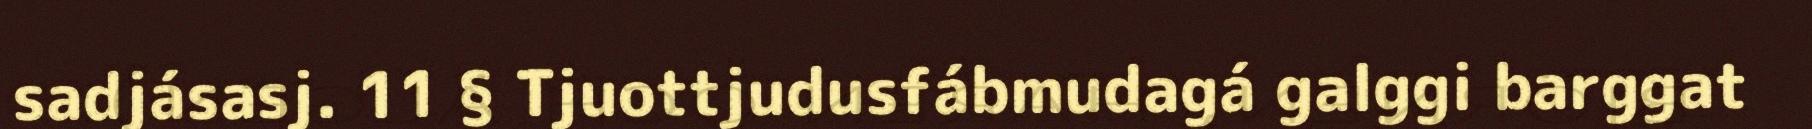
sadjásasj. 11 § Tjuottjudusfábmudagá galggi barggat